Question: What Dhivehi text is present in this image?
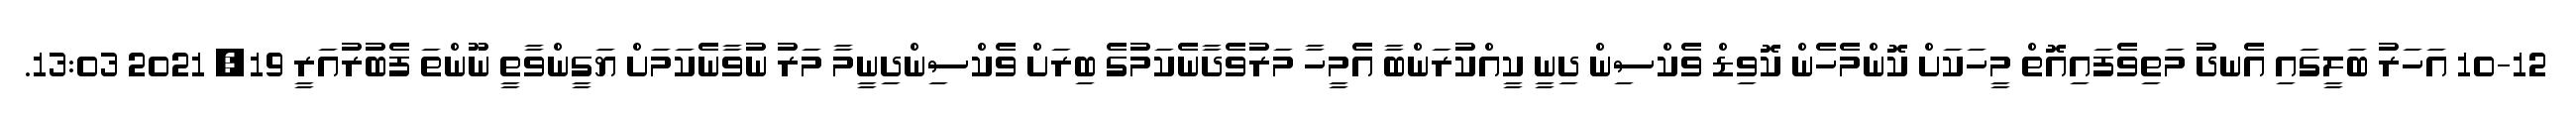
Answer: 10-12 އަހަރު ބަލީގައި އެނދު މަތިވެފައިއޮތް މީހަކަށް ކޮންމެހެން ކޮވިޑް ވެކްސިން ދިނީ ކީއްކުރަންބާ އެމީހާ މަރުވެދާނެކަމުގެ ބިރަށް ވެކްސިންދިނީމާ މަރު ނުވާނެކަމަށް ޔަގީންވާތީ ނޫންތަ ފެބުރުއަރީ 19, 2021 13:03.